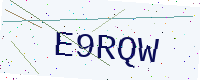
Text: E9RQW